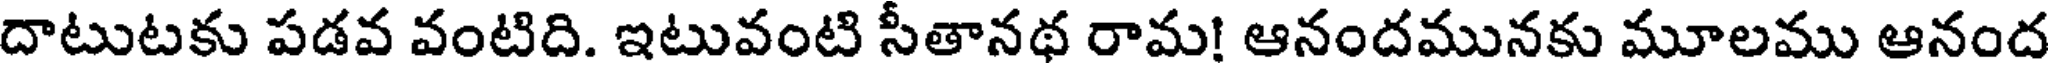
దాటుటకు పడవ వంటిది. ఇటువంటి సీతానథ రామ! ఆనందమునకు మూలము ఆనంద